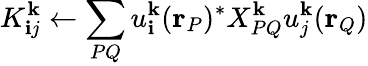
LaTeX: K_{\mathbf{i}j}^{\mathbf{{k}}}\leftarrow\sum_{PQ}u_{\mathbf{i}}^{\mathbf{{k}}}(\mathbf{{r}}_{P})^{*}X_{PQ}^{\mathbf{{k}}}u_{j}^{\mathbf{{k}}}(\mathbf{{r}}_{Q})